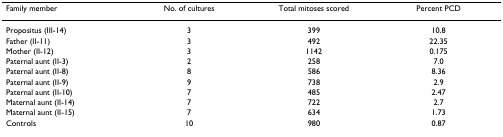
<table><thead><tr><td><b>Family member</b></td><td><b>No. of cultures</b></td><td><b>Total mitoses scored</b></td><td><b>Percent PCD</b></td></tr></thead><tbody><tr><td>Propositus (III-14)</td><td>3</td><td>399</td><td>10.8</td></tr><tr><td>Father (II-11)</td><td>3</td><td>492</td><td>22.35</td></tr><tr><td>Mother (II-12)</td><td>3</td><td>1142</td><td>0.175</td></tr><tr><td>Paternal aunt (II-3)</td><td>2</td><td>258</td><td>7.0</td></tr><tr><td>Paternal aunt (II-8)</td><td>8</td><td>586</td><td>8.36</td></tr><tr><td>Paternal aunt (II-9)</td><td>9</td><td>738</td><td>2.9</td></tr><tr><td>Paternal aunt (II-10)</td><td>7</td><td>485</td><td>2.47</td></tr><tr><td>Maternal aunt (II-14)</td><td>7</td><td>722</td><td>2.7</td></tr><tr><td>Maternal aunt (II-15)</td><td>7</td><td>634</td><td>1.73</td></tr><tr><td>Controls</td><td>10</td><td>980</td><td>0.87</td></tr></tbody></table>